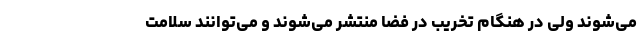
می‌شوند ولی در هنگام تخریب در فضا منتشر می‌شوند و می‌توانند سلامت